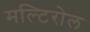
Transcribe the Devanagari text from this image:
मल्टिरोल